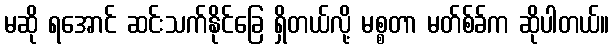
မဆို ရအောင် ဆင်းသက်နိုင်ခြေ ရှိတယ်လို့ မစ္စတာ မတ်စ်ခ်က ဆိုပါတယ်။